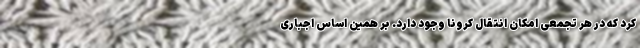
کرد که در هر تجمعی امکان انتقال کرونا وجود دارد. بر همین اساس اجباری